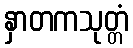
နှာတကသုတ္တံ